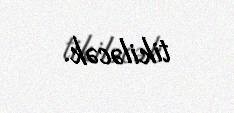
tikiləcək.